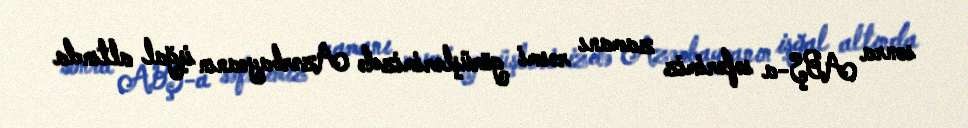
sonra ABŞ-a səfərimiz zamanı rəsmi görüşlərimizdə Azərbaycanın işğal altında